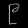
Digit: ၉